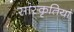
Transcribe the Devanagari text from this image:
सांस्कृतियां